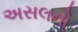
અસલનો